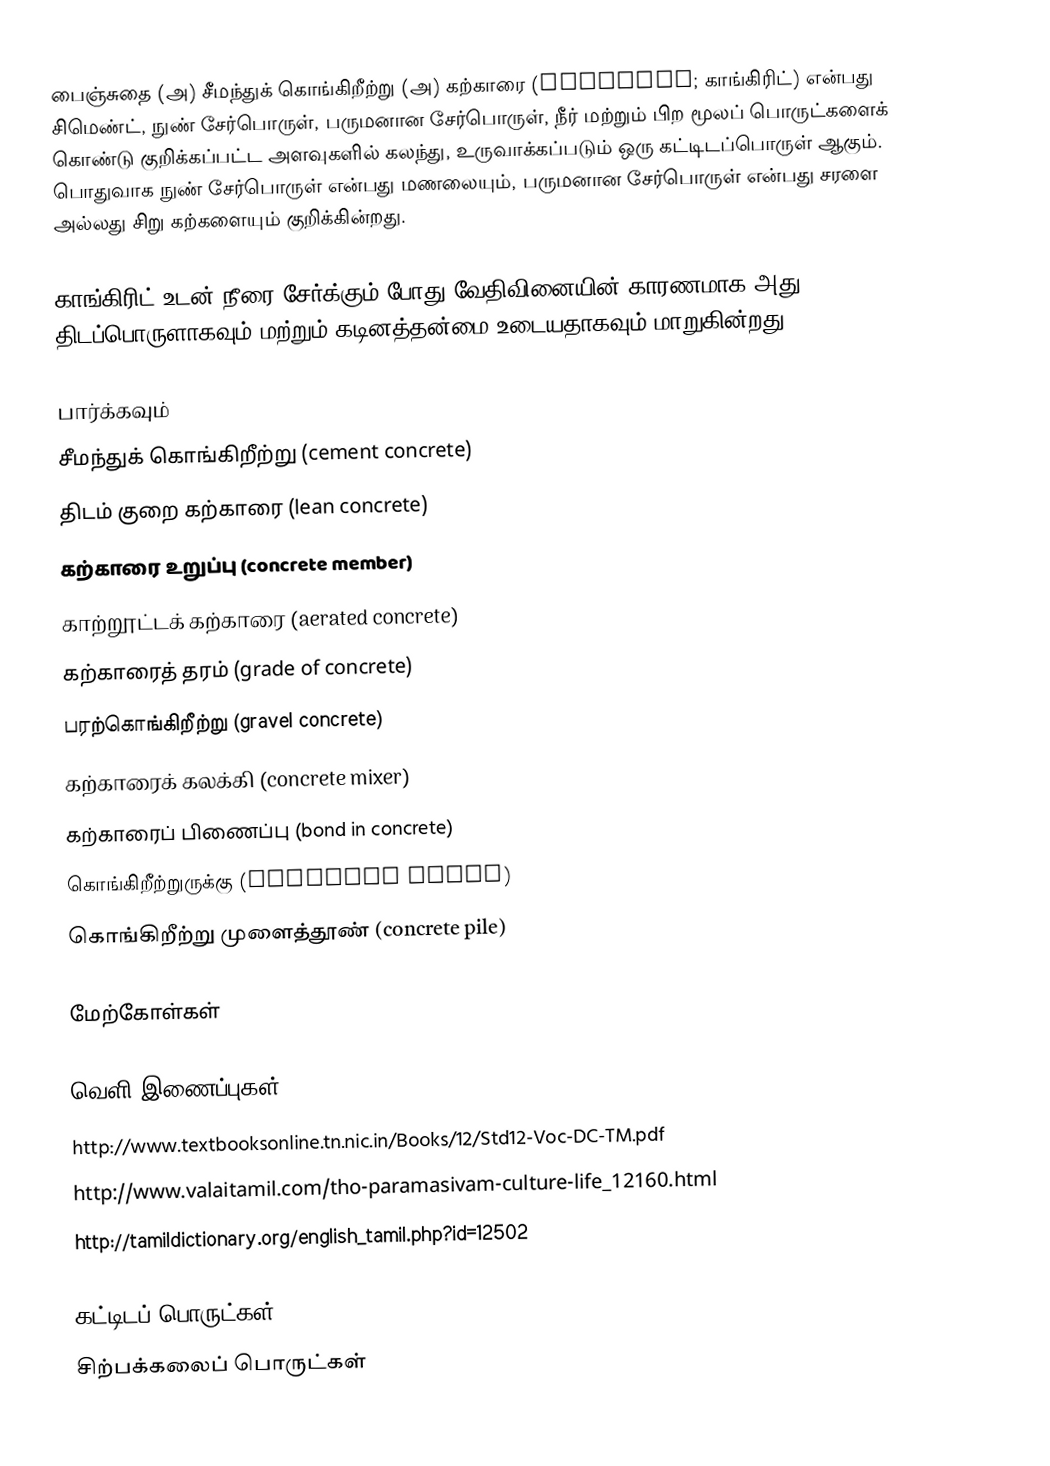
பைஞ்சுதை (அ) சீமந்துக் கொங்கிறீற்று (அ) கற்காரை (Concrete; காங்கிரிட்) என்பது சிமெண்ட், நுண் சேர்பொருள், பருமனான சேர்பொருள், நீர் மற்றும் பிற மூலப் பொருட்களைக் கொண்டு குறிக்கப்பட்ட அளவுகளில் கலந்து, உருவாக்கப்படும் ஒரு கட்டிடப்பொருள் ஆகும். பொதுவாக நுண் சேர்பொருள் என்பது மணலையும், பருமனான சேர்பொருள் என்பது சரளை அல்லது சிறு கற்களையும் குறிக்கின்றது.

காங்கிரிட் உடன் நீரை சேர்க்கும் போது வேதிவினையின் காரணமாக அது திடப்பொருளாகவும் மற்றும் கடினத்தன்மை உடையதாகவும் மாறுகின்றது.

பார்க்கவும்
 சீமந்துக் கொங்கிறீற்று (cement concrete)
 திடம் குறை கற்காரை (lean concrete)
 கற்காரை உறுப்பு (concrete member)
 காற்றூட்டக் கற்காரை (aerated concrete)
 கற்காரைத் தரம் (grade of concrete)
 பரற்கொங்கிறீற்று (gravel concrete)
 கற்காரைக் கலக்கி (concrete mixer)
 கற்காரைப் பிணைப்பு (bond in concrete)
 கொங்கிறீற்றுருக்கு (concrete steel)
 கொங்கிறீற்று முளைத்தூண் (concrete pile)

மேற்கோள்கள்

வெளி இணைப்புகள்
 http://www.textbooksonline.tn.nic.in/Books/12/Std12-Voc-DC-TM.pdf
 http://www.valaitamil.com/tho-paramasivam-culture-life_12160.html
 http://tamildictionary.org/english_tamil.php?id=12502

கட்டிடப் பொருட்கள்
சிற்பக்கலைப் பொருட்கள்